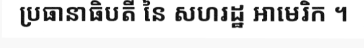
ប្រធានាធិបតី នៃ សហរដ្ឋ អាមេរិក ។